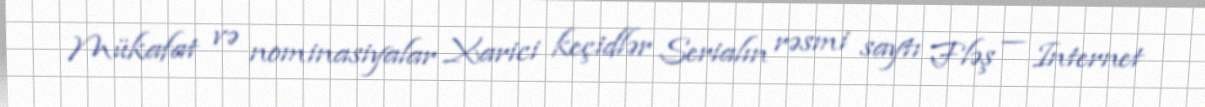
Mükafat və nominasiyalar Xarici keçidlər Serialın rəsmi saytı Fləş — Internet